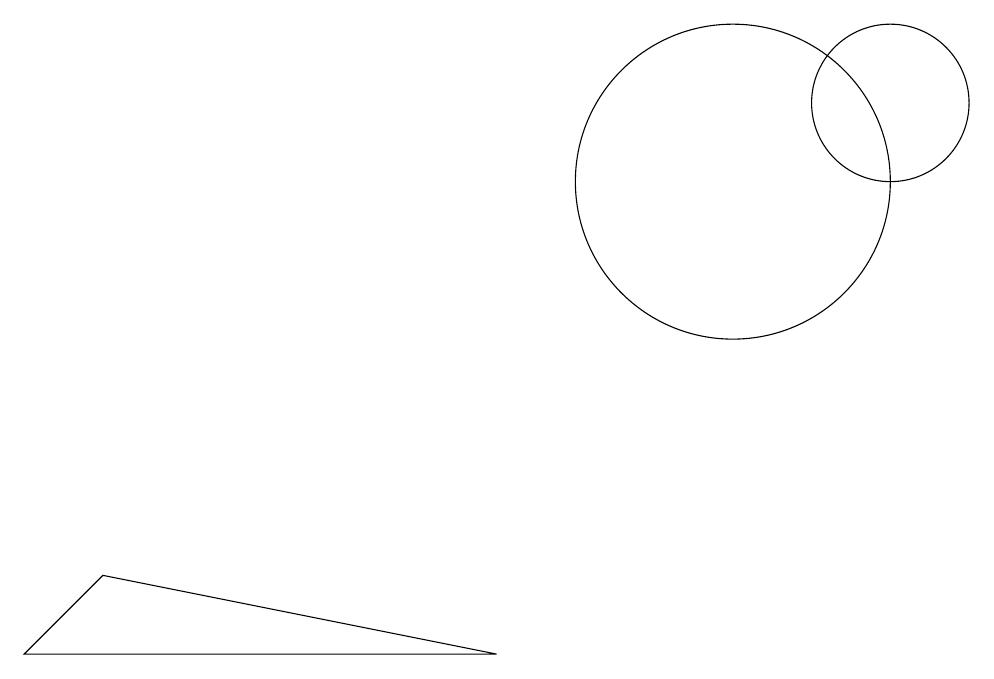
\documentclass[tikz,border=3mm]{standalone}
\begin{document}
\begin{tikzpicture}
\draw (1,4) -- (2,5) -- (7,4) -- cycle;
\draw (10,10) circle (2);
\draw (12,11) circle (1);
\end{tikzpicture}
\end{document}